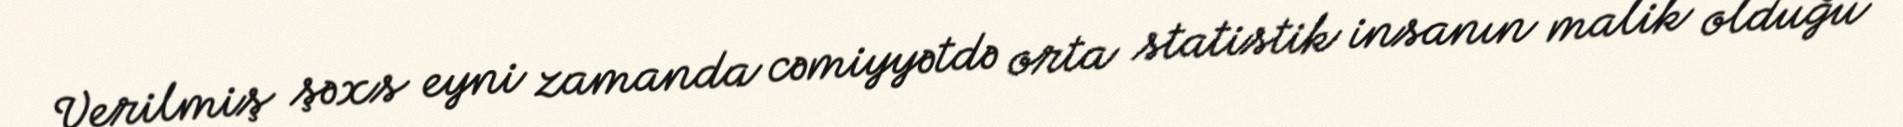
Verilmiş şəxs eyni zamanda cəmiyyətdə orta statistik insanın malik olduğu